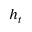
h _ { t }